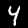
Digit: 4